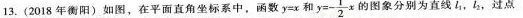
13.(2018年衡阳)如图，在平面直角坐标系中，函数$$y = x$$和$$y = -